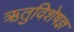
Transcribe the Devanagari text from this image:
ऋतुविशेषज्ञ